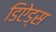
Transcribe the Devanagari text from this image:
डिऐड्स